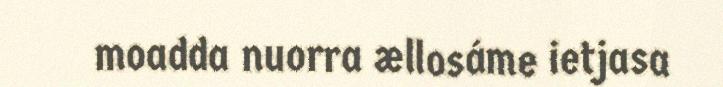
moadda nuorra ællosáme ietjasa